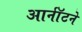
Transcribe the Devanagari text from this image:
आर्नॉटने